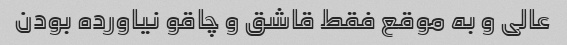
عالی و به موقع فقط قاشق و چاقو نیاورده بودن